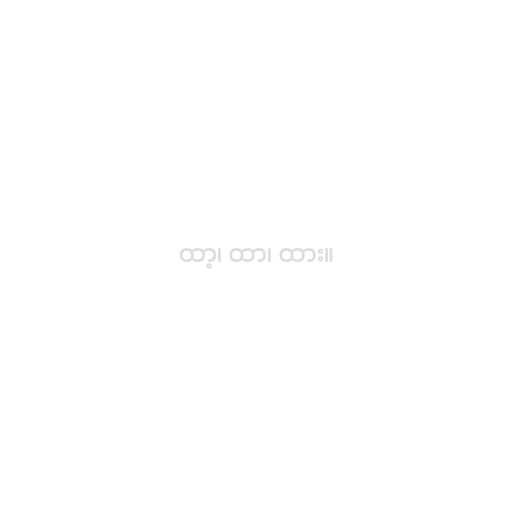
ထာ့၊ ထာ၊ ထား။